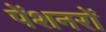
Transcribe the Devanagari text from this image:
पेंशनरों